On kala azar, malaria and malarial cachexia - Number 19
Disease focus: Malaria
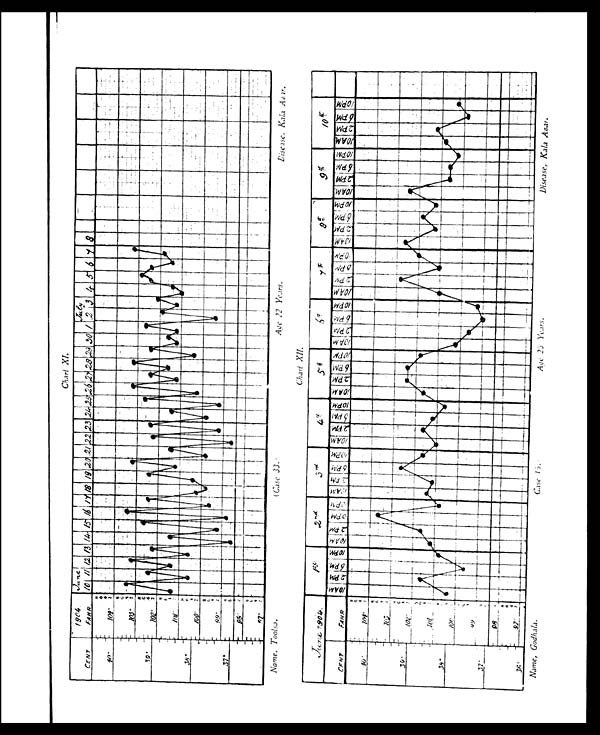
Chart XI.
Chart XII.
Name, Toolsa.
(Case 33.)
Age 22 Years.
Disease. Kala Azar .
Name, Godhala.
Case 15.
Age 25 Years.
Disease, Kala Azar.